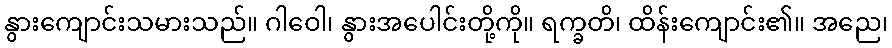
နွားကျောင်းသမားသည်။ ဂါဝေါ၊ နွားအပေါင်းတို့ကို။ ရက္ခတိ၊ ထိန်းကျောင်း၏။ အညေ၊